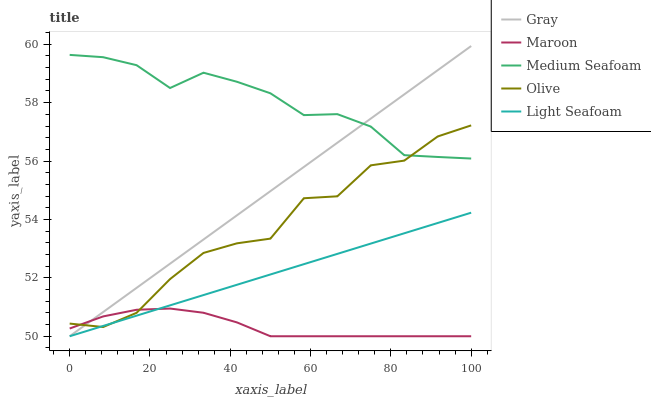
| xaxis_label | Gray | Maroon | Medium Seafoam | Olive | Light Seafoam |
 | --- | --- | --- | --- | --- | --- |
 | 0 | 50 | 50.3 | 59.6 | 50.4 | 50 |
 | 8.33 | 50.8 | 50.7 | 59.6 | 50.3 | 50.4 |
 | 16.7 | 51.7 | 50.9 | 59.3 | 50.8 | 50.7 |
 | 25 | 52.5 | 50.9 | 58.5 | 52 | 51.1 |
 | 33.3 | 53.3 | 50.8 | 59 | 52.9 | 51.4 |
 | 41.7 | 54.1 | 50.5 | 58.7 | 53.2 | 51.8 |
 | 50 | 55 | 50 | 58.3 | 53.3 | 52.1 |
 | 58.3 | 55.8 | 50 | 57.6 | 54.7 | 52.5 |
 | 66.7 | 56.6 | 50 | 57.6 | 54.8 | 52.8 |
 | 75 | 57.5 | 50 | 57.2 | 55.9 | 53.2 |
 | 83.3 | 58.3 | 50 | 56.2 | 56 | 53.5 |
 | 91.7 | 59.1 | 50 | 56.1 | 56.8 | 53.9 |
 | 100 | 59.9 | 50 | 56.1 | 57.2 | 54.2 |